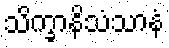
သိက္ခာနိသံသာနံ